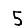
Digit: 5